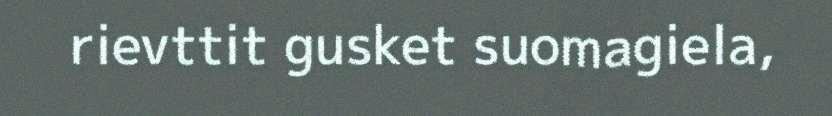
rievttit gusket suomagiela,